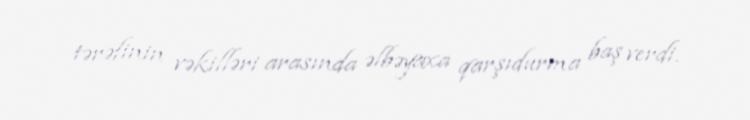
tərəfinin vəkilləri arasında əlbəyaxa qarşıdurma baş verdi.